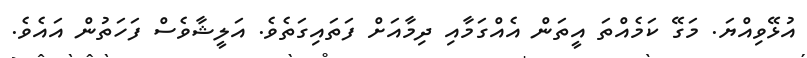
އުޅޭވިއްޔަ. މަގޭ ކަމެއްތަ އީތަން އެއްގަމާއި ދިމާއަށް ފަތައިގަތެވެ. އަލީޝާވެސް ފަހަތުން އައެވެ.